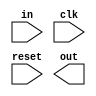
module moore_nonol(
                   in                                       ,//input
                   clk                                      ,//clock
                   reset                                    ,//reset
                   out                                       //output
                   )                                        ;

//port declaration
input             in, clk, reset                            ;//input declaration
output reg        out                                       ;//output declaration
parameter         S0 = 0 , S1 = 1 , S2 = 2 , S3 = 3, S4 =4  ;//parameter declaration for states
reg       [2:0]   present_state,next_state                  ;//register declaration for states

/*State S0 is assigned to present state if the reset is 1 else the next state is assigned to present state*/
always @ (posedge clk or posedge reset)
   begin
      if(reset)
         present_state <= S0                             ;//if reset is true then go to state S0
      else    
         present_state <= next_state                     ;//if reset is false then make next state as present state
   end             

/*Here the states S0, S1, S2, S3 or S4 is assigned according to the input encountered (for the sequence 1101)*/
always @ (ps or in)
   begin      
     case(ps)    
         S0 : begin
           	   if (in)
             		ns    = S1                             ;//next state will be S1 if input is 1 otherwise S0
           		else
             		ns    = S0                             ;
           		new_out  =  0                             ;//output is 0 till the desired sequence is acquired
              end
         S1 : begin 
              	if (in)
             		ns    = S2                             ;//next state will be S2 if input is 1 otherwise S0
           		else
             		ns    = S0                             ;
           		new_out  =  0                             ;//output is 0 till the desired sequence is acquired
              end
         S2 : begin 
              	if (in)
                  ns    = S2                             ;//next state will be S2 if input is 1 otherwise S3
           		else
             		ns    = S3                             ;
           		new_out  =  0                             ;//output is 0 till the desired sequence is acquired
              end 
       	 S3 : begin 
              	if (in)
                  ns    = S4                             ;//next state will be S4 if input is 1 otherwise S0
           		else
             		ns    = S0                             ;
           		new_out  =  0                             ;//output is 0 till the desired sequence is acquired
              end 
         S4 : begin 
              	if (in)
               	ns    = S1                             ;//next state will be S1 if input is 1 otherwise S0
           		else
             		ns    = S0                             ;
           		new_out  =  1                             ;//output is 1 when the 1101 sequence is acquired
              end 
      endcase
   end

endmodule